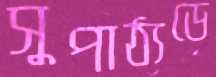
সুপাঠ্যডে